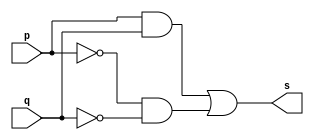
// Exercicio0007 - XNOR
// Nome: tila Martins Silva Jnior

// -- xnor gate
module xnorgate ( output s,
input p,
input q);
wire temp1, temp2;
and(temp1, p, q);
and(temp2, ~p, ~q);
or(s, temp1, temp2);
endmodule // xnorgate

// -- test xnor gate
module testxnorgate;

// -- dados locais
reg a, b; // definir registradores
wire s; // definir conexao (fio)

// --- instancia
xnorgate XNOR1 (s, a, b);

// -- preparacao
initial begin:start
// atribuicao simultanea
// dos valores iniciais
a=0; b=0;
end

// -- parte principal
initial begin
$display("Exercicio0002 - tila Martins - 449014");
$display("Test XNOR gate");
$display("\na | b = s\n");
a=0; b=0;
#1 $display("%b | %b = %b", a, b, s);
a=0; b=1;
#1 $display("%b | %b = %b", a, b, s);
a=1; b=0;
#1 $display("%b | %b = %b", a, b, s);
a=1; b=1;
#1 $display("%b | %b = %b", a, b, s);
end
endmodule // testxnorgate